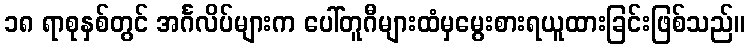
၁၈ ရာစုနှစ်တွင် အင်္ဂလိပ်များက ပေါ်တူဂီများထံမှမွေးစားရယူထားခြင်းဖြစ်သည်။